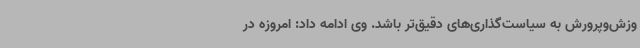
وزش‌وپرورش به سیاست‌گذاری‌های دقیق‌تر باشد. وی ادامه داد: امروزه در